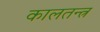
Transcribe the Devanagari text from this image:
कालतन्त्र